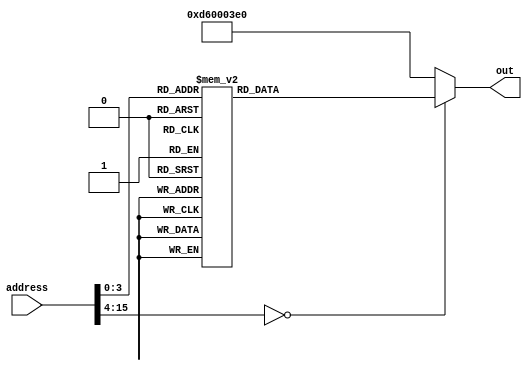
`timescale 10ns/10ns
module ROM(address, out);
    output reg [31:0] out;
    input [15:0] address; // address - 16 deep memory
    always @(address) begin
   	 case (address)
   		 // n = 100;
   		 // a = &array1[0];
   		 // b = &array2[0];
   		 // while(n--) {
   		 //     *b++ = *a++;
   		 // }
   		 // where n -> X4, a -> X8, b -> X9, X10 is temp value
			 16'h0000: out = 32'b110100101_00_0000000000000001_00001;  // MOVZ X1, 1
   		 16'h0001: out = 32'b110100101_00_0000000000000010_00010;  // MOVZ X2, 2
			 16'h0002: out = 32'b10001011000_00001_000000_00010_00001; // ADD X1, X1, X2
   		 16'h0003: out = 32'b1001000100_000001100100_00001_00100;  // ADDI X4, X1, 100
   		 
   		 16'h0004: out = 32'b1101000100_000000000001_00100_00100;  // SUBI X4, X4, 1
   		 16'h0005: out = 32'b11111000010_000000000_00_01000_01010; // LDUR X10, [X8, 0]
   		 16'h0006: out = 32'b1001000100_000000001000_01000_01000;  // ADDI X8, X8, 8
   		 16'h0007: out = 32'b11111000000_000000000_00_01001_01010; // STUR X10, [X9, 0]
   		 16'h0008: out = 32'b1001000100_000000001000_01001_01001;  // ADDI X9, X9, 8
   		 16'h0009: out = 32'b000101_11111111111111111111111001;	// B -7
   		 default:  out = 32'hD60003E0; // BR XZR
   	 endcase
    end
endmodule